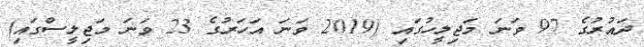
ދައުރުގެ 97 ވަނަ މަޖިލީހުގައި (2019 ވަނަ އަހަރުގެ 23 ވަނަ މަޖިލީސްގައި)